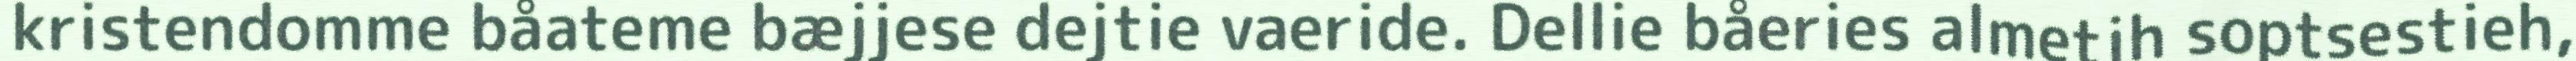
kristendomme båateme bæjjese dejtie vaeride. Dellie båeries almetjh soptsestieh,